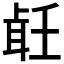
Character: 𦕢